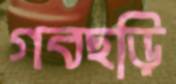
গবছড়ি